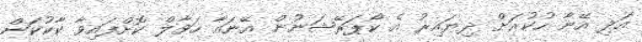
އަދި އޭނާ ހުކުރަށް ދިޔައިރު އެ ކޯޕަރޭޝަނުން އޭނައާ ހަވާލް ކޮށްފައިވާ ކާކުކަން